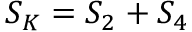
{ \cal S } _ { K } = { \cal S } _ { 2 } + { \cal S } _ { 4 }